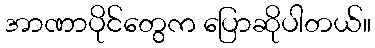
အာဏာပိုင်တွေက ပြောဆိုပါတယ်။